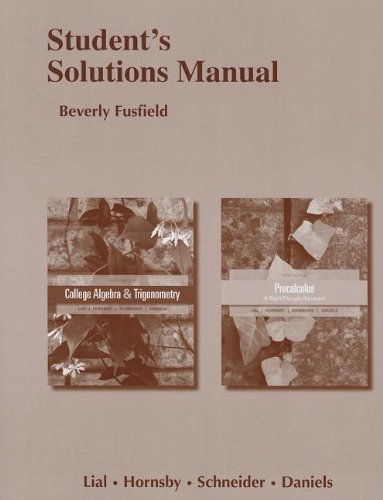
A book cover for Student Solutions Manual for College Algebra and Trigonometry and Precalculus; Margaret L. Lial; Science & Math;